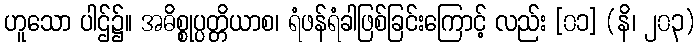
ဟူသော ပါဌ်၌။ အဓိစ္စုပ္ပတ္တိယာစ၊ ရံဖန်ရံခါဖြစ်ခြင်းကြောင့် လည်း [၀၁] (နိ၊ ၂၀၃)